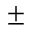
\pm